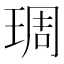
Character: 琱